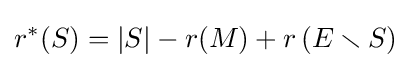
r^{*}(S)=|S|-r(M)+r\left(E\smallsetminus S\right)